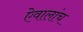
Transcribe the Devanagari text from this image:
ऐवालांच